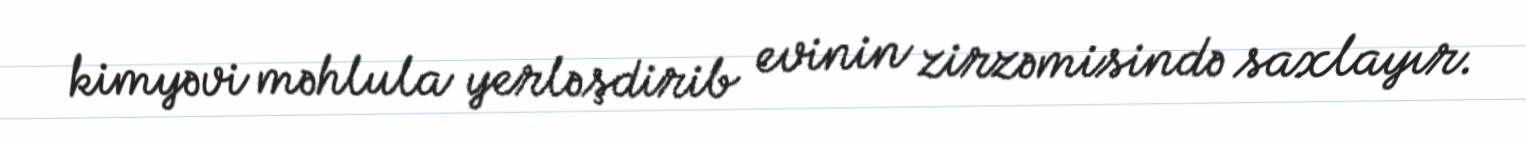
kimyəvi məhlula yerləşdirib evinin zirzəmisində saxlayır.